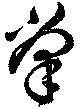
掌